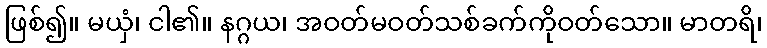
ဖြစ်၍။ မယှံ၊ ငါ၏။ နဂ္ဂယ၊ အဝတ်မဝတ်သစ်ခက်ကိုဝတ်သော။ မာတရိ၊